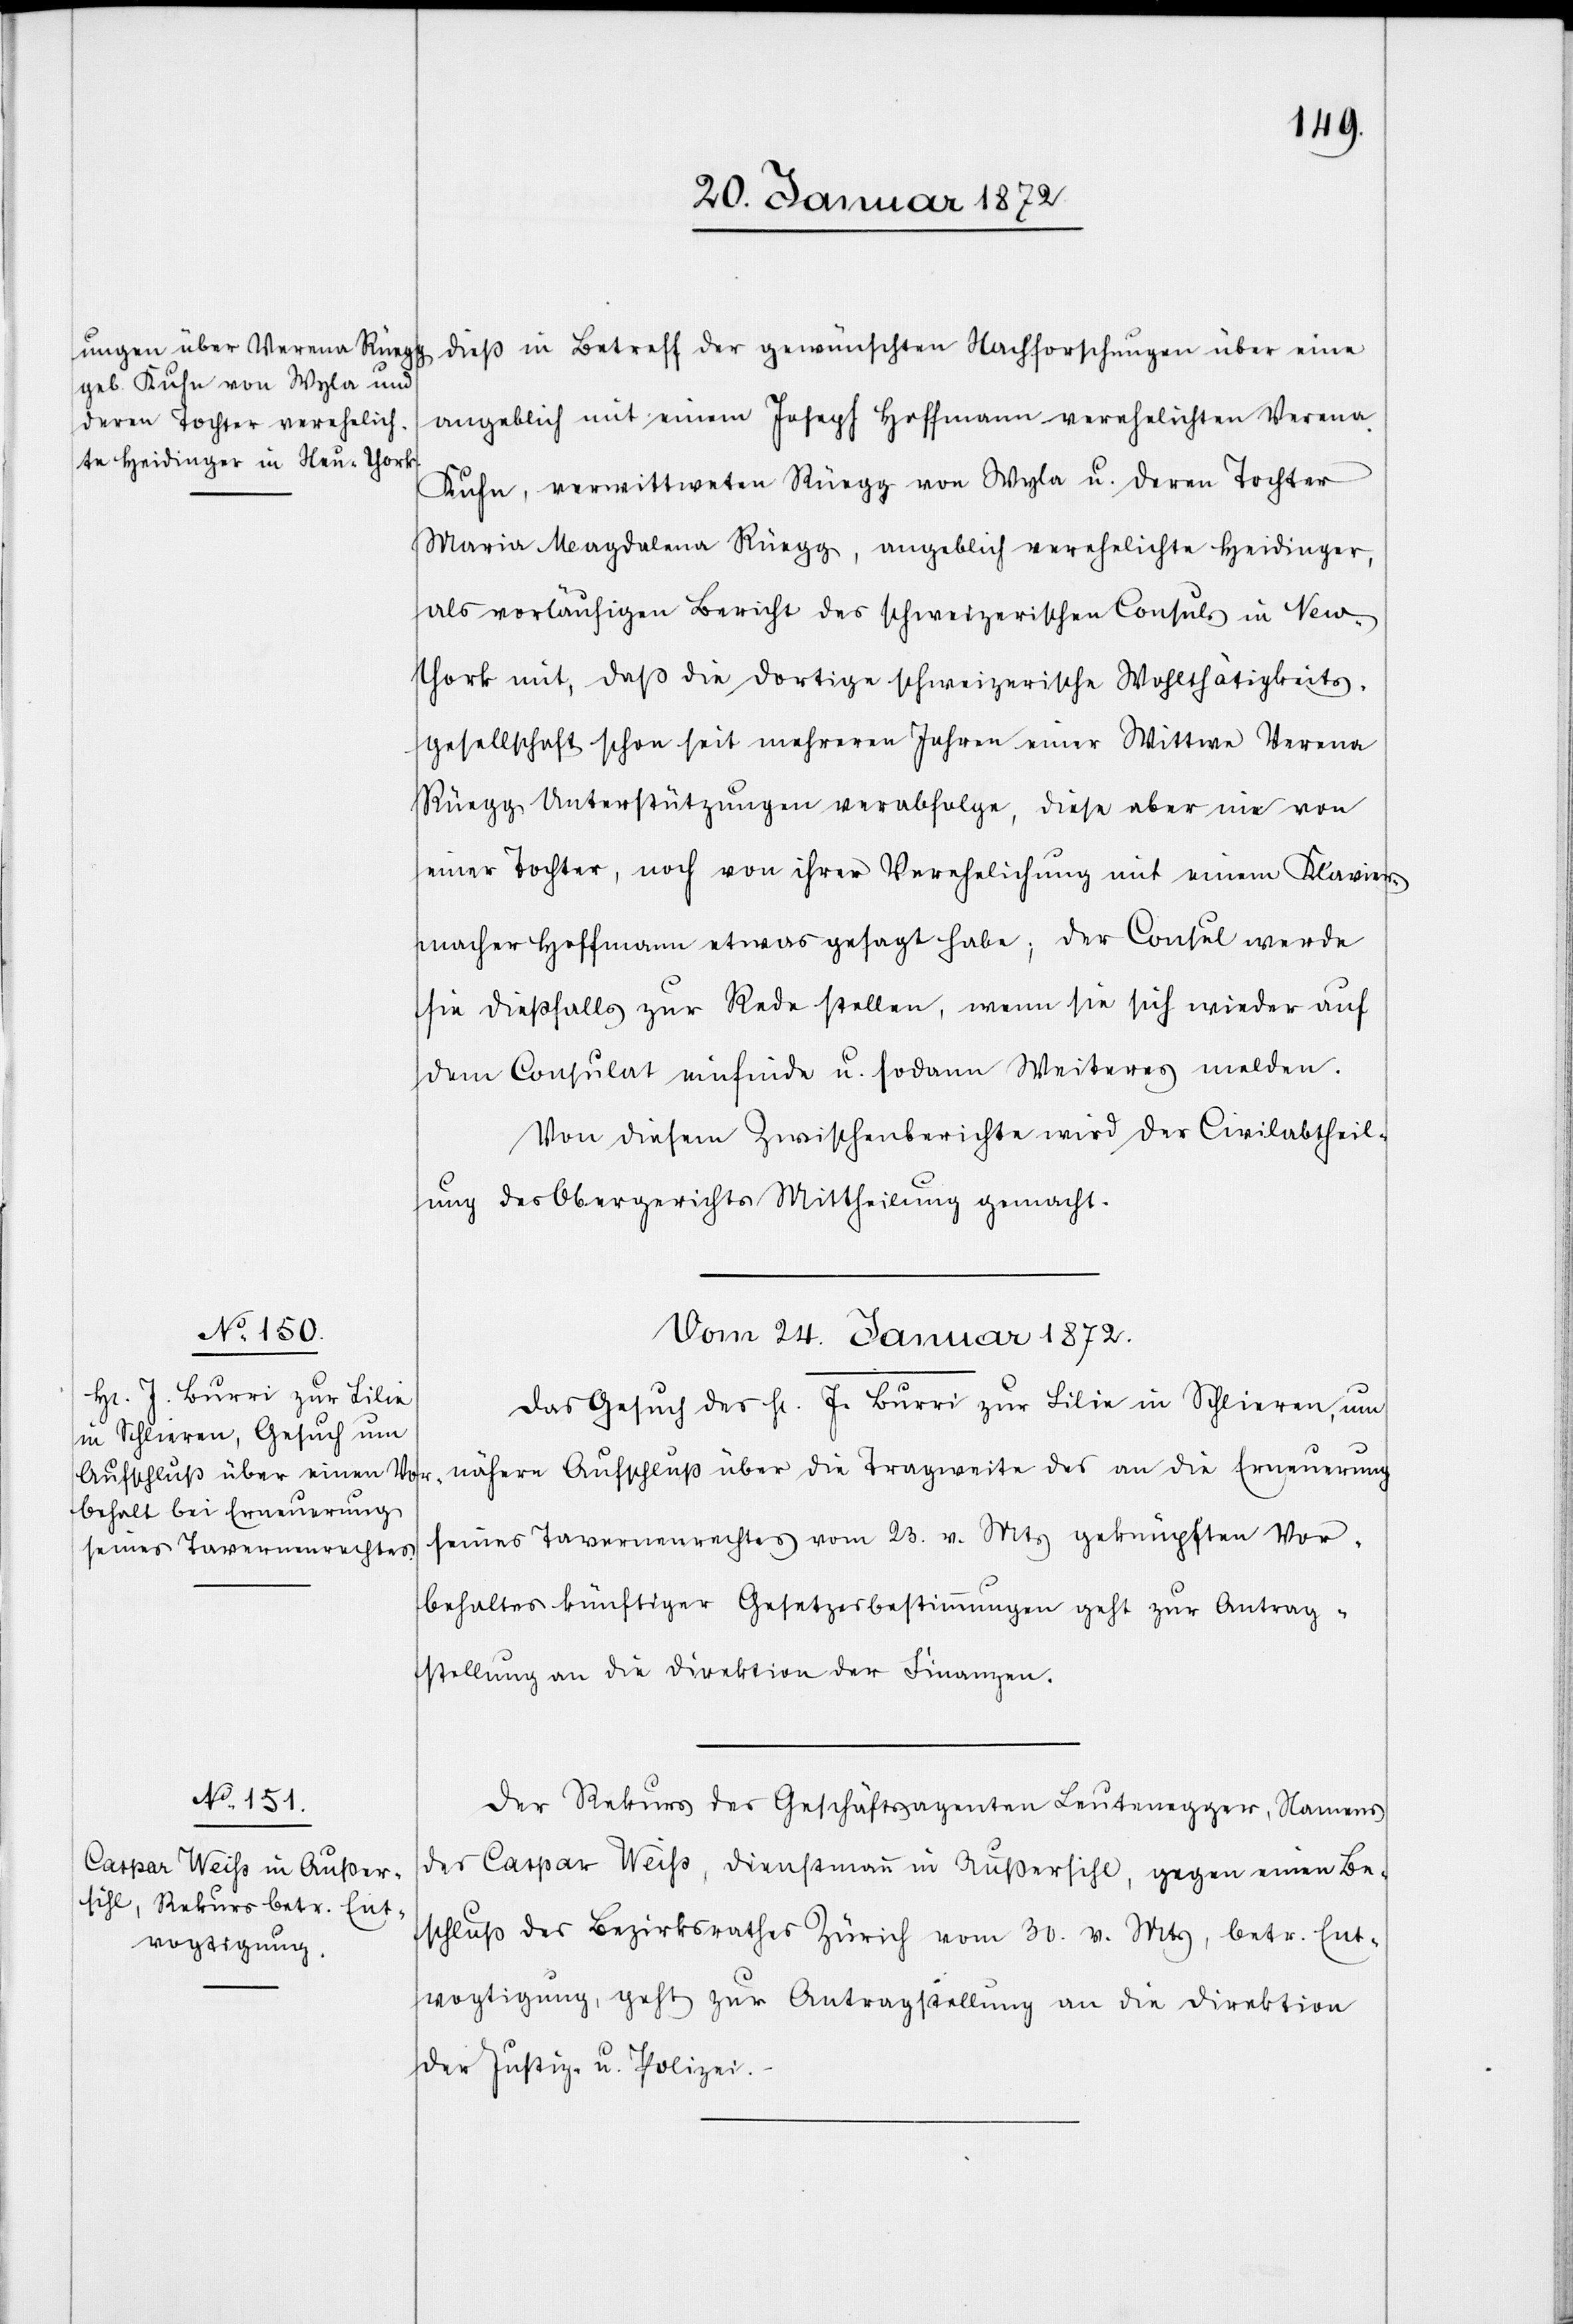
dieß in Betreff der gewünschten Nachforschungen über eine
angeblich mit einem Joseph Hoffmann verehelichten Verena
Kuhn, verwittweten Rüegg von Wyla u. deren Tochter
Maria Magdalena Rüegg, angeblich verehelichte Heidinger,
als vorläufigen Bericht des schweizerischen Consuls in New-Y¬
ork mit, daß die dortige schweizerische Wohlthätigkeits¬
gesellschaft schon seit mehreren Jahren einer Wittwe Verena
Rüegg Unterstützungen verabfolge, diese aber nie von
einer Tochter, noch von ihrer Verehelichung mit einem Klavier¬
macher Hoffmann etwas gesagt habe; der Consul werde
sie dießfalls zur Rede stellen, wenn sie sich wieder auf
dem Consulat einfinde u. sodann Weiteres melden.
Von diesem Zwischenberichte wird der Civilabtheil¬
ung des Obergerichts Mittheilung gemacht.
Vom 24. Januar 1872.]
Das Gesuch des H[errn] J. Burri zur Lilie in Schlieren, um
nähern Aufschluß über die Tragweite des an die Erneuerung
seines Tavernenrechtes vom 23. v. Mts geknüpften Vor¬
behaltes künftiger Gesetzesbestimmungen geht zur Antrag¬
stellung an die Direktion der Finanzen.
Der Rekurs des Geschäftsagenten Leutenegger, Namens
des Caspar Weiss, Dienstmann in Außersihl, gegen einen Be¬
schluß des Bezirksrathes Zürich vom 30. v. Mts, betr. Ent¬
vogtigung, geht zur Antragstellung an die Direktion
der Justiz- u. Polizei.